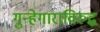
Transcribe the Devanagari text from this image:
गुन्हेगाराविरुद्ध